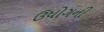
ઉધોગની